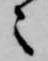
々